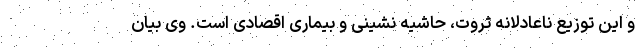
و این توزیع ناعادلانه ثروت، حاشیه نشینی و بیماری اقصادی است. وی بیان